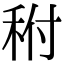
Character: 𥞂